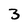
Character: 3